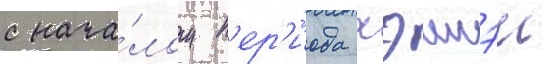
с нача́лом п'ер'и́ода хэисэи